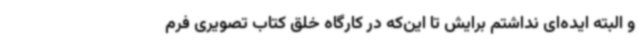
و البته ایده‌ای نداشتم برایش تا این‌که در کارگاه خلق کتاب تصویری فرم